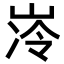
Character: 𪨺